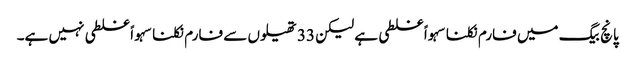
پانچ بیگ میں فارم نکلنا سہواً غلطی ہے لیکن 33 تھیلوں سے فارم نکلنا سہواً غلطی نہیں ہے۔